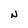
Character: N